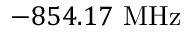
- 8 5 4 . 1 7 ~ \mathrm { M H z }